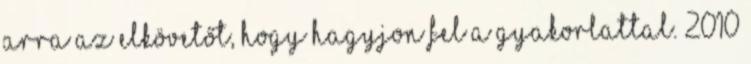
arra az elkövetőt, hogy hagyjon fel a gyakorlattal. 2010